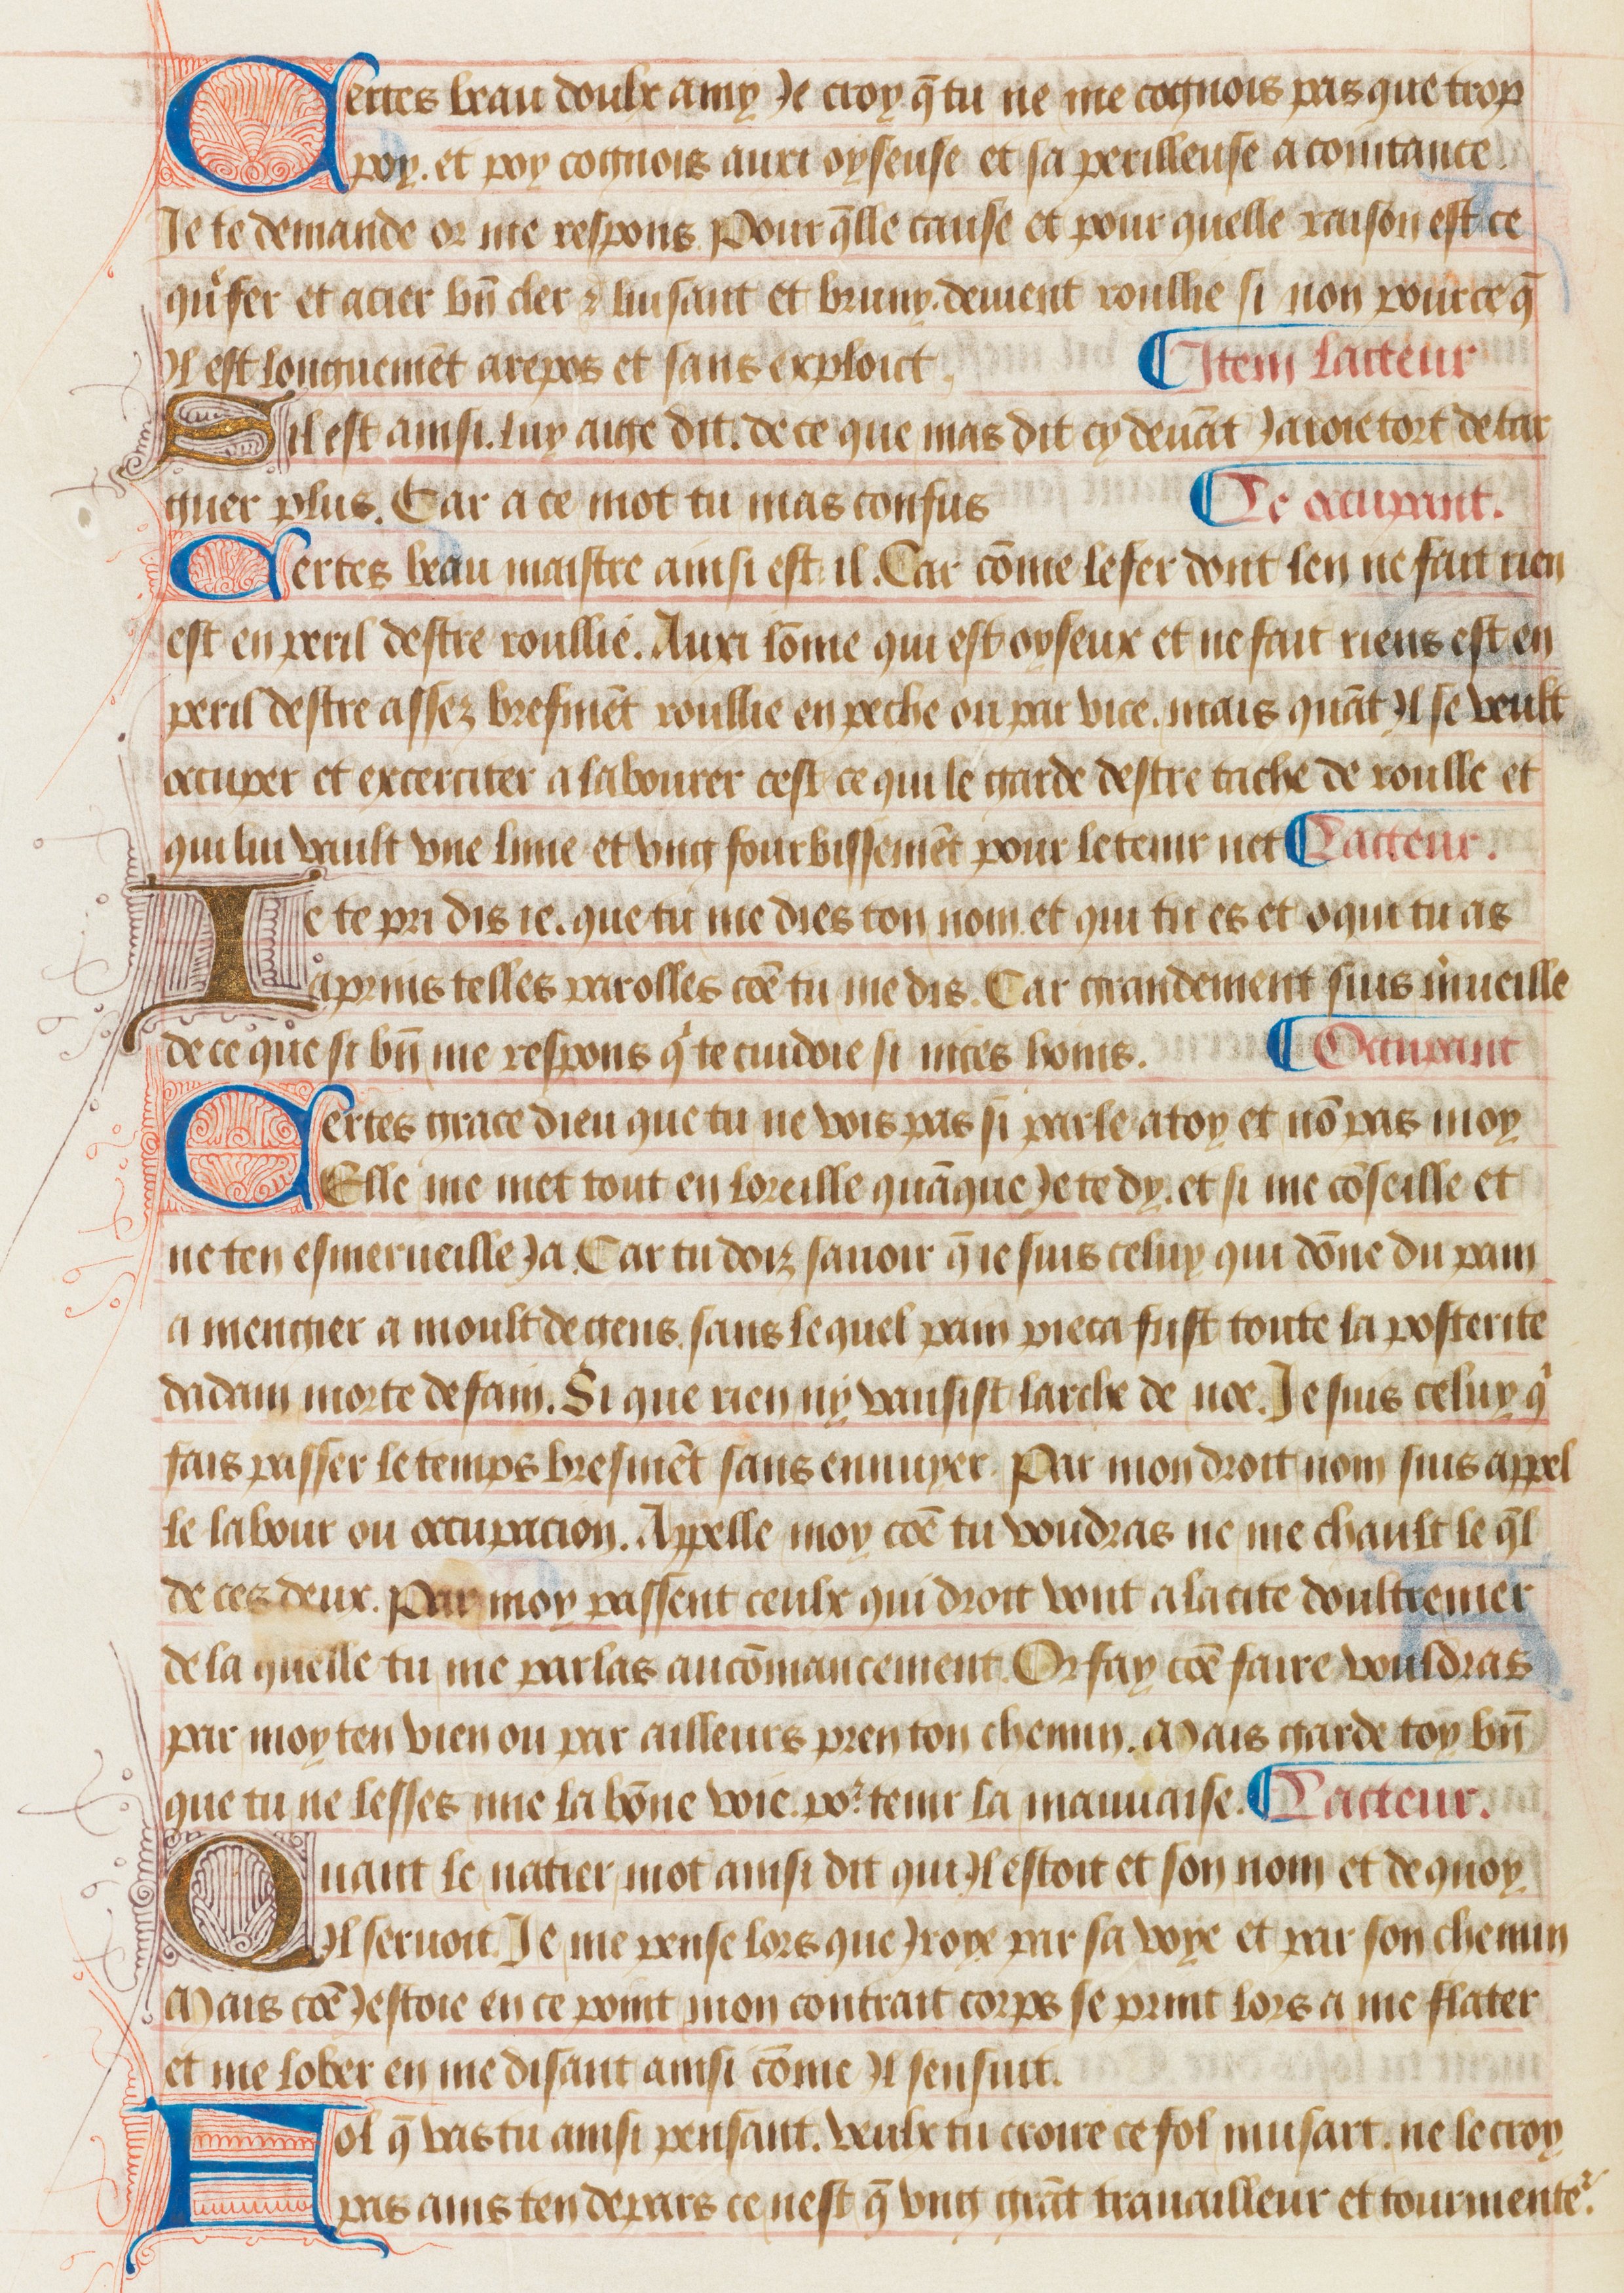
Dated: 1475–1499